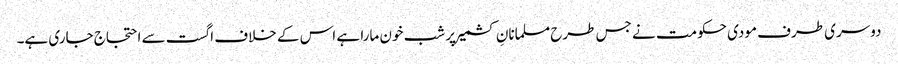
دوسری طرف مودی حکومت نے جس طرح مسلمانانِ کشمیر پر شب خون مارا ہے اس کے خلاف اگست سے احتجاج جاری ہے۔